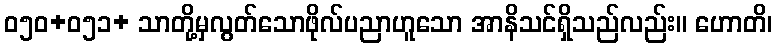
ဝ၅၀+၀၅၁+ သာတို့မှလွတ်သောဖိုလ်ပညာဟူသော အာနိသင်ရှိသည်လည်း။ ဟောတိ၊